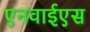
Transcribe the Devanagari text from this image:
एनवाईएस